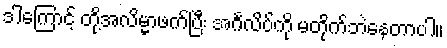
ဒါကြောင့် တို့အလိမ္မာဖက်ပြီး အင်္ဂလိပ်ကို မတိုက်ဘဲနေတာပါ။